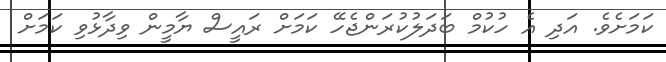
ކަމަށެވެ. އަދި އެ ހުކުމް ބަދަލުކުރަންޖެހޭ ކަމަށް ރައީސް ޔާމީން ވިދާޅުވި ކަމަށް